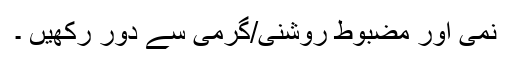
نمی اور مضبوط روشنی/گرمی سے دور رکھیں ۔